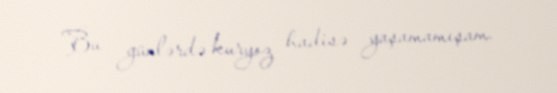
Bu günlərdə kuryoz hadisə yaşamamışam.